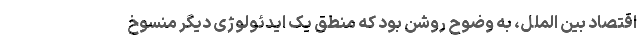
اقتصاد بین ­الملل، به وضوح روشن بود که منطقِ یک ایدئولوژی دیگر منسوخ